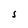
Character: S